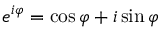
e ^ { i \varphi } = \cos \varphi + i \sin \varphi